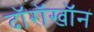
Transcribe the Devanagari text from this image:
दॉरॉखॉन